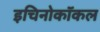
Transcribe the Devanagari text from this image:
इचिनोकॉकल